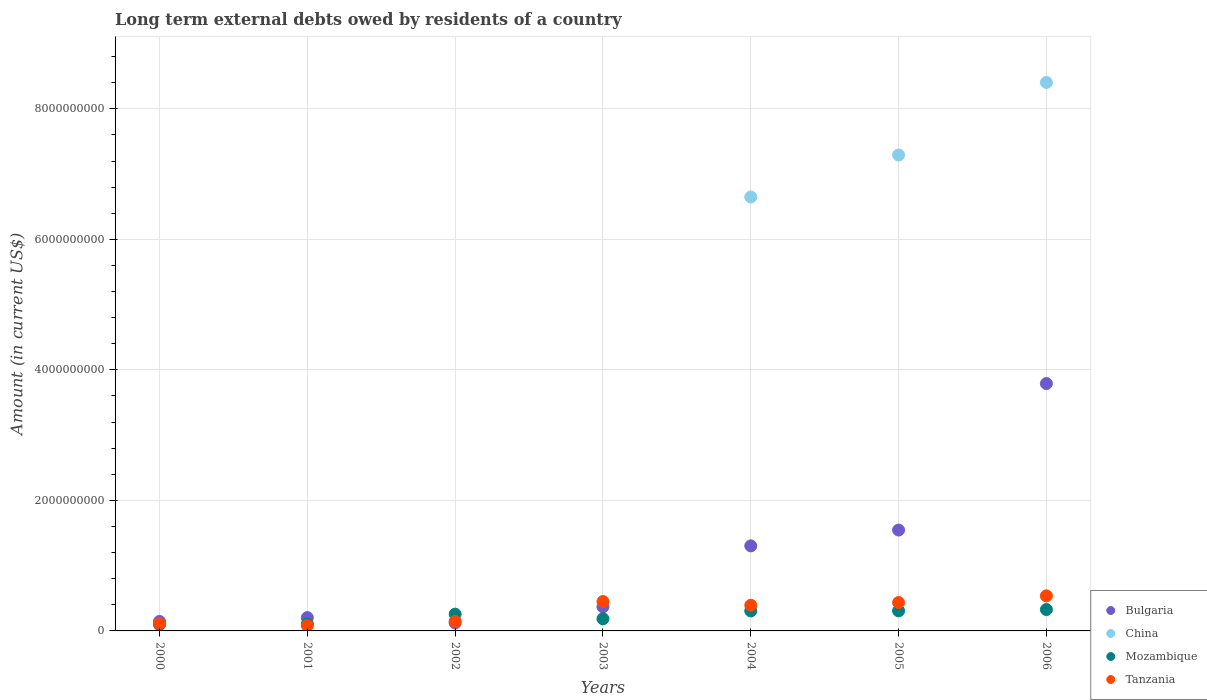
| Years | Bulgaria | China | Mozambique | Tanzania |
 | --- | --- | --- | --- | --- |
 | 2000 | 1.45e+08 | -3.57e+08 | 9.69e+07 | 1.18e+08 |
 | 2001 | 2.04e+08 | -2.46e+09 | 1.08e+08 | 8.26e+07 |
 | 2002 | 1.21e+08 | -5.66e+09 | 2.57e+08 | 1.46e+08 |
 | 2003 | 3.69e+08 | -4.92e+09 | 1.86e+08 | 4.5e+08 |
 | 2004 | 1.3e+09 | 6.65e+09 | 3.06e+08 | 3.93e+08 |
 | 2005 | 1.55e+09 | 7.29e+09 | 3.08e+08 | 4.35e+08 |
 | 2006 | 3.79e+09 | 8.4e+09 | 3.28e+08 | 5.37e+08 |